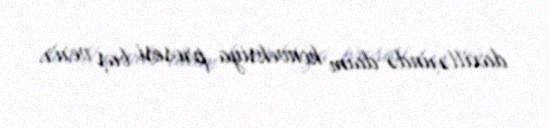
daxillərində daim konveksiya prosesi baş verir.